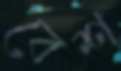
বেশ